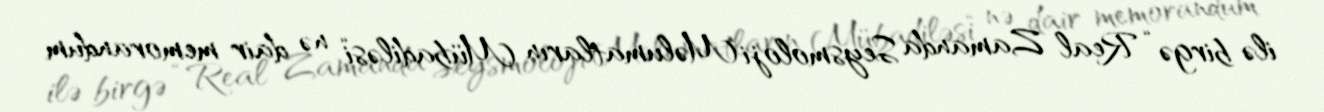
ilə birgə “Real Zamanda Seysmoloji Məlumatların Mübadiləsi“ nə dair memorandum